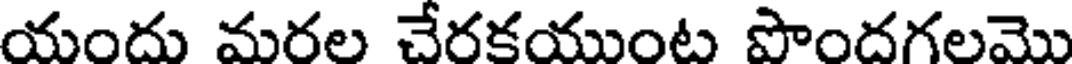
యందు మరల చేరకయుంట పొందగలమొ